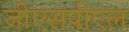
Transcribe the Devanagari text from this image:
जीएसपीएल